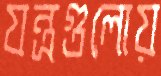
যন্ত্রগুলোয়